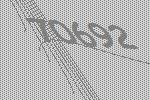
70692